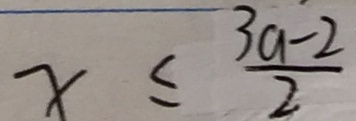
x \leq \frac { 3 a - 2 } { 2 }